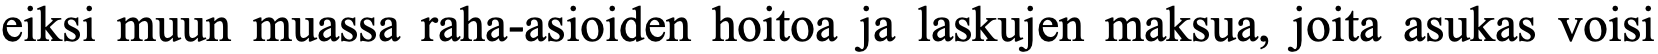
eiksi muun muassa raha-asioiden hoitoa ja laskujen maksua, joita asukas voisi